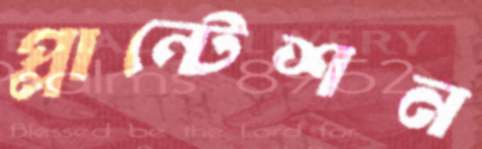
প্লান্টেশন